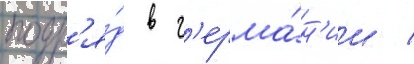
подр'я́д в г'ерма́н'ии /